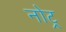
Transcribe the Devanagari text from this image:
नोट्र